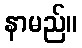
နာမည်။